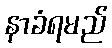
နာခံရမည်